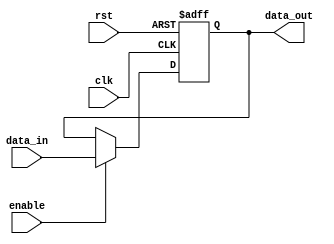
module ForwardingRegister #(
    parameter DATA_WIDTH = 32  // Parameter to define the width of the data bus
)(
    input wire clk,             // Clock signal
    input wire rst,             // Asynchronous reset signal
    input wire [DATA_WIDTH-1:0] data_in,   // Data input
    input wire enable,          // Enable signal
    output reg [DATA_WIDTH-1:0] data_out    // Data output
);

// Asynchronous reset and synchronous update on clock edge
always @(posedge clk or posedge rst) begin
    if (rst) begin
        data_out <= {DATA_WIDTH{1'b0}}; // Clear the register on reset
    end else if (enable) begin
        data_out <= data_in; // Store new data when enabled
    end
    // If enable is not active, data_out retains its previous value.
end

endmodule